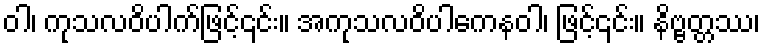
ဝါ၊ ကုသလဝိပါက်ဖြင့်၎င်း။ အကုသလဝိပါကေနဝါ၊ ဖြင့်၎င်း။ နိဗ္ဗတ္တဿ၊